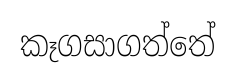
කෑගසාගත්තේ